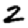
Digit: 2